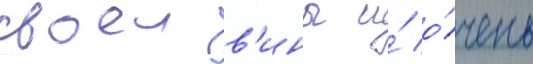
своеи в'ины и́ о́чень